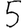
Digit: 5